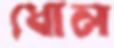
ধোল